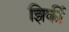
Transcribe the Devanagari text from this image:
झिर्की